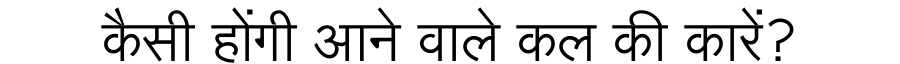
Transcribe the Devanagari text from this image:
कैसी होंगी आने वाले कल की कारें?